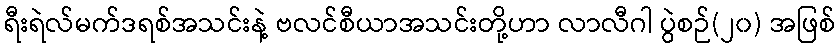
ရီးရဲလ်မက်ဒရစ်အသင်းနဲ့ ဗလင်စီယာအသင်းတို့ဟာ လာလီဂါ ပွဲစဉ်(၂၀) အဖြစ်